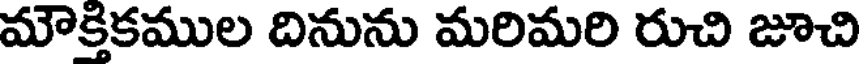
మౌక్తికముల దినును మరిమరి రుచి జూచి